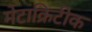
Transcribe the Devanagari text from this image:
मेटाक्रिटीक